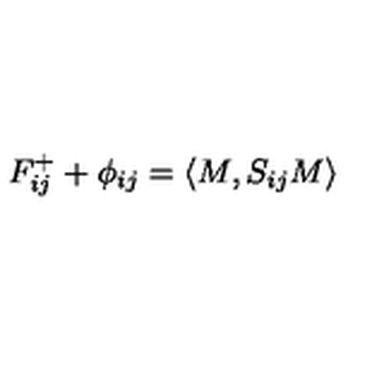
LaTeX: F _ { i j } ^ { + } + \phi _ { i j } = \langle M , S _ { i j } M \rangle